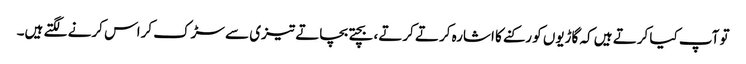
تو آپ کیا کرتے ہیں کہ گاڑیوں کو رکنے کا اشارہ کرتے کرتے، بچتے بچاتے تیزی سے سڑک کراس کرنے لگتے ہیں۔